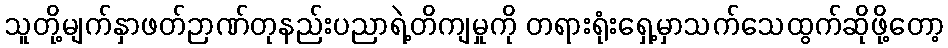
သူတို့မျက်နှာဖတ်ဉာဏ်တုနည်းပညာရဲ့တိကျမှုကို တရားရုံးရှေ့မှာသက်သေထွက်ဆိုဖို့တော့